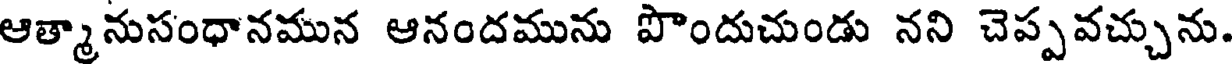
ఆత్మానుసంధానమున ఆనందమును పొందుచుండు నని చెప్పవచ్చును.